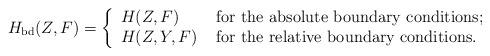
LaTeX: \begin{align*}\begin{aligned}H_{{\rm bd }}(Z,F)=\left\{\begin{array}{ll} H(Z, F) & \hbox{ for the absolute boundary conditions;} \\ H(Z, Y, F) & \hbox{ for the relative boundary conditions.}\end{array}\right.\end{aligned}\end{align*}